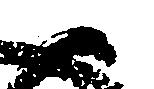
御